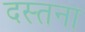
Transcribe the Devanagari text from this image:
दस्तना